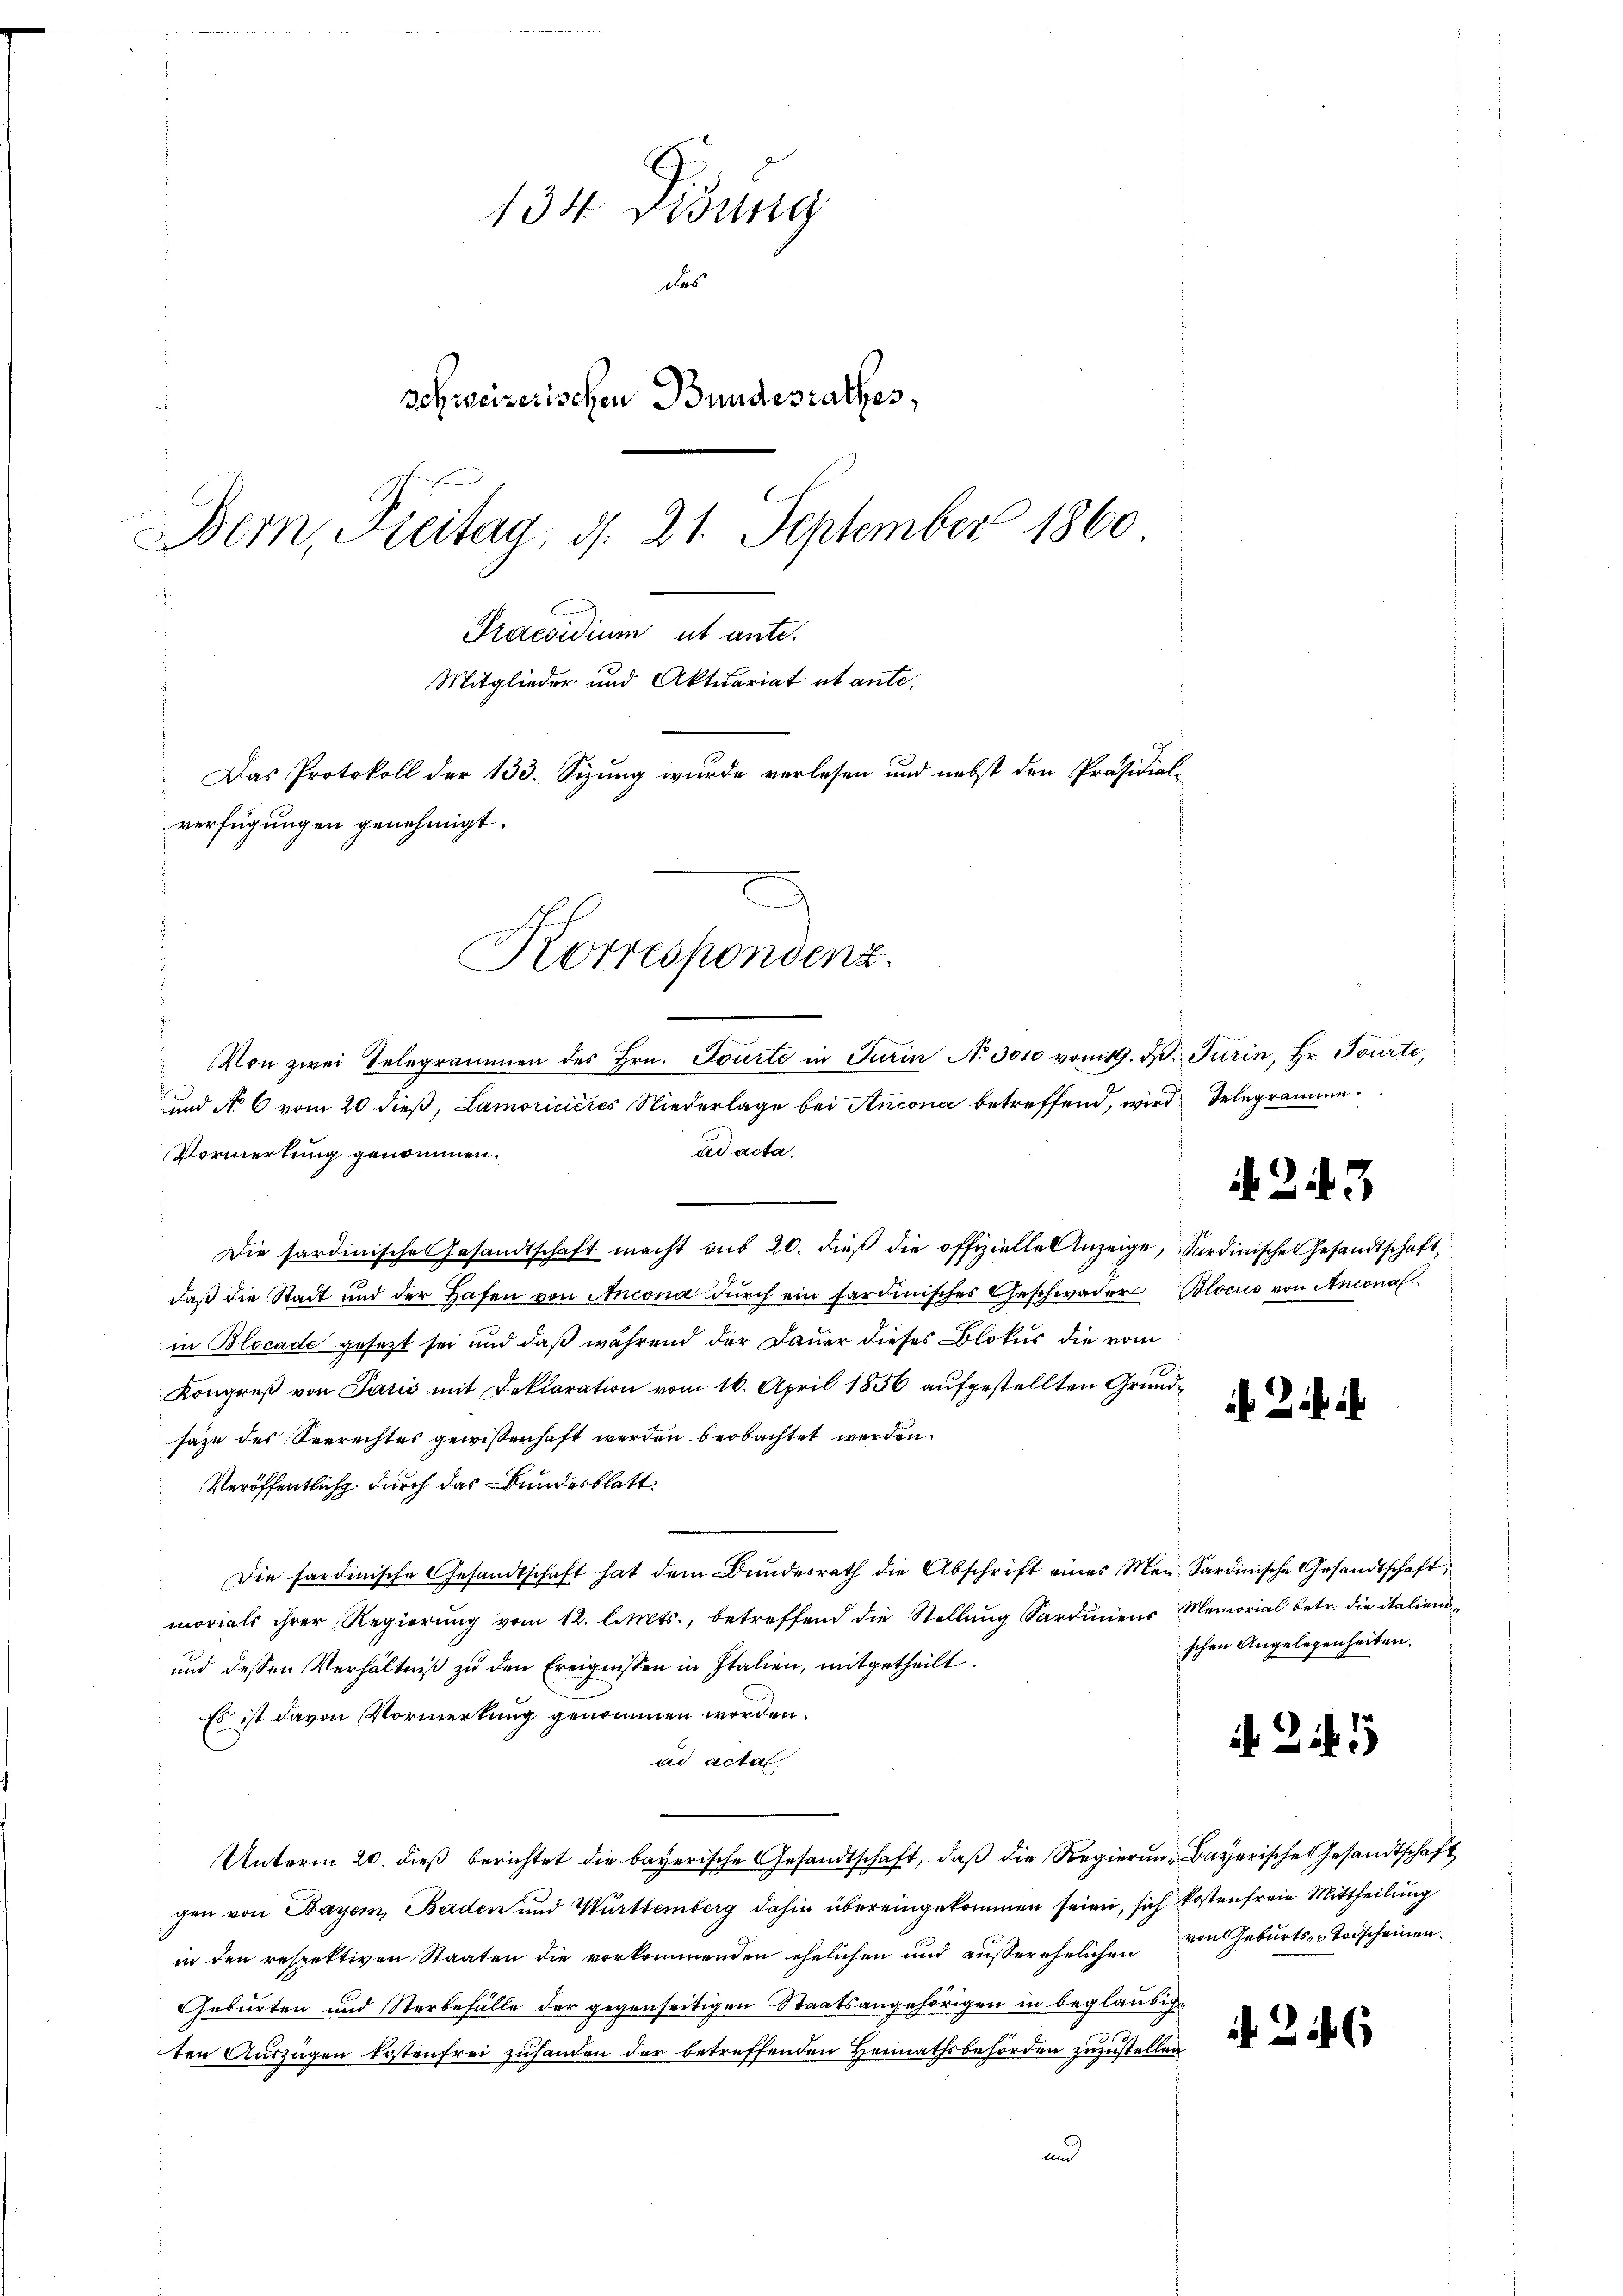
134. Didung
das
schweizerischen Bundesrathes,
Bern, Freitag, d. 21. September 1860
C
Praesidium ut ante-
Mitglieder und Aktuariat et ante.
Das Protokoll der 133. Sizung wurde verlesen und nebst den Präsidial-
verfügungen genehmigt.
e
Korrespondenz.

Von zwei Telegrammen des Hrn. Tourte in Jurin No 3010 vom 19. d. Jurin, Hr. Tourte,
und No 6 vom 20 dieß, Lamoricieres Niederlage bei Ancona betreffend, wird Delegramme
ad acta.
Vormerkung genommen.
Die sardinische Gesandtschaft macht aus 20. dieβ die offizielle Anzeige, Sardinische Gesandtschaft,
daß die Stadt und der Hafen von Ancona durch ein faruinisches Geschwäger Blocus von Antonalin Blocade gesezt sei und daß während der Dauer dieses Blokur die vom
Kongreß von Paris mit Deklaration vom 16. April 1856 aufgestellten Grundsaze des Seerechtes gewissenhaft werden beobachtet werden.
Veröffentlich durch das Bundesblatt
Die sardinische Gesandtschaft hat dem Bŭndesrath die Abschrift eines Mer- Sardinische Gesandtschaft;
morials ihrer Regierung vom 12. l. Mts., betreffend die Stellung Sardiniens Memorial betr. die italieni¬
und dessen Verhältniß zu den Ereignissen in Italien, mitgetheilt.
Es ist davon Vormerkung genommen worden.
ad acta
Unterm 20. dieß berichtet die bayerische Gesandtschaft, daß die Regierung Bayerische Gesandtschaft
gen von Bayern, Baden und Württemberg dahin übereingekommen seien, sich kostenfreie Mittheilung
in den respektiven Staaten die vorkommenden ehelichen und außerehelichen von Geburts- u Todscheinen.
Geburten und Sterbefälle der gegenseitigen Staatsangehörigen in beglaubige
ten Auszügen kostenfrei zuhanden der betreffenden Heimathsbehörden zuzustellen
und

243

schen Angelegenheiten.

A Zif. 1

A. 246